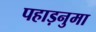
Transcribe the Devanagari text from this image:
पहाड़नुमा